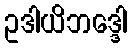
ဥဒါယိဘဒ္ဒေါ